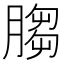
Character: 䐢